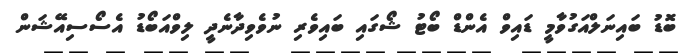
ބޮޑު ބައިނަލްއަގުވާމީ ޑައިވް އެންޑް ބޯޓު ޝޯގައި ބައިވެރި ނުވެވިދާނެދީ ލިވްއަބޯޑު އެސޯސިއޭޝަން